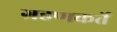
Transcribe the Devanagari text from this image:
ग्रहणकर्ते